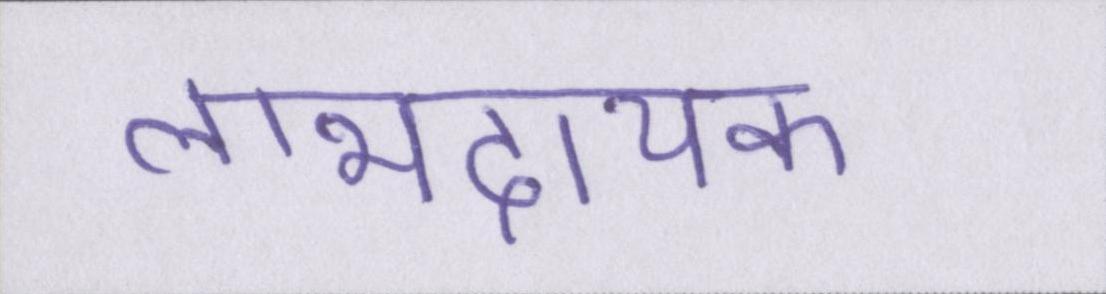
लाभदायक